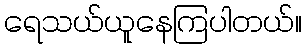
ရေသယ်ယူနေကြပါတယ်။